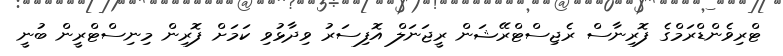
ޓްރިވެންޑްރަމްގެ ފޮރިނާސް ރެޖިސްޓްރޭޝަން ރީޖަނަލް އޮފިސަރު ވިދާޅުވި ކަމަށް ފޮރިން މިނިސްޓްރީން ބުނީ